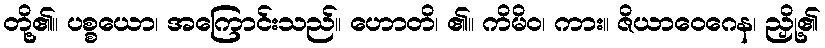
တို့၏။ ပစ္စယော၊ အကြောင်းသည်။ ဟောတိ၊ ၏။ ကိမိဝ၊ ကား။ ဇိယာဝေဂေန၊ ညှို့၏